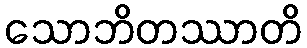
သောဘိတဿာတိ